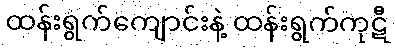
ထန်းရွက်ကျောင်းနဲ့ ထန်းရွက်ကုဋီ